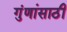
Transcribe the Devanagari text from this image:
गुंणांसाठी